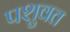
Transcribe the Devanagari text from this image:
पशुवत